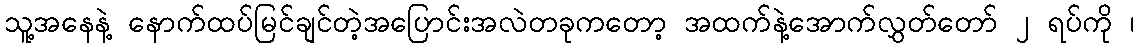
သူ့အနေနဲ့ နောက်ထပ်မြင်ချင်တဲ့အပြောင်းအလဲတခုကတော့ အထက်နဲ့အောက်လွှတ်တော် ၂ ရပ်ကို ၊